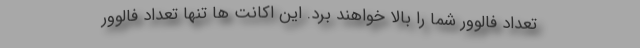
تعداد فالوور شما را بالا خواهند برد. این اکانت ها تنها تعداد فالوور